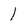
Character: I